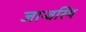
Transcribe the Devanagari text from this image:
जान्वस्थि